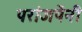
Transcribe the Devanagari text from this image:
परांजपेंनी